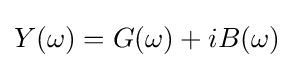
Y(\omega )=G(\omega )+iB(\omega )